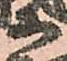
等